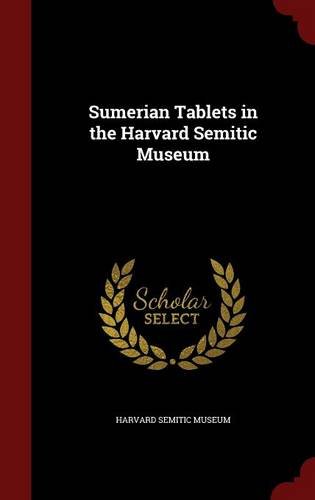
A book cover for Sumerian Tablets in the Harvard Semitic Museum; History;